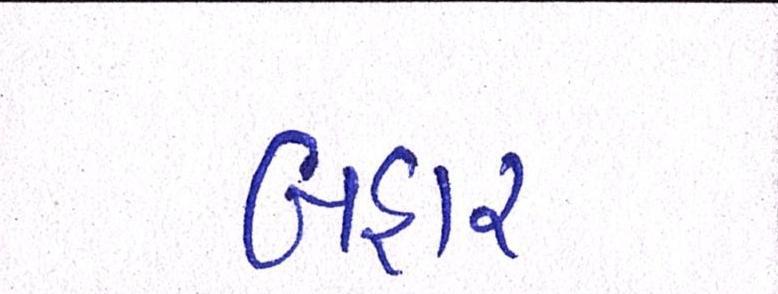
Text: બહાર